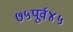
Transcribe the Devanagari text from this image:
७५पूर्व४५